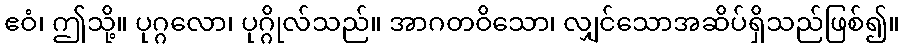
ဧဝံ၊ ဤသို့။ ပုဂ္ဂလော၊ ပုဂ္ဂိုလ်သည်။ အာဂတဝိသော၊ လျှင်သောအဆိပ်ရှိသည်ဖြစ်၍။